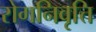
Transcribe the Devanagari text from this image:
रोगनिवृत्ति